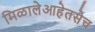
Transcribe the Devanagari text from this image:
मिळालेआहेतसेच